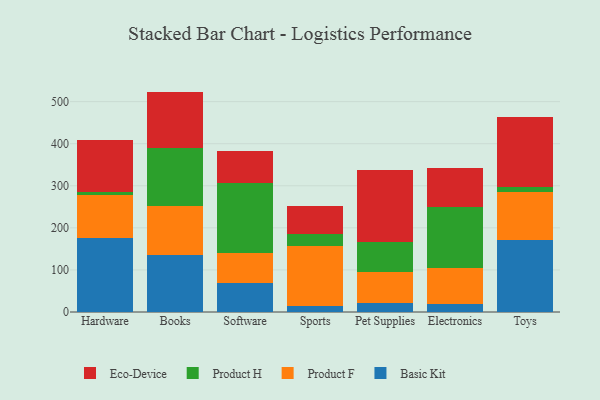
{"axis": {"x": "Category", "y": "LTV (USD)"}, "legend": ["Basic Kit", "Eco-Device", "Product F", "Product H"], "data": [{"x": "Hardware", "y": 176.0, "type": "Basic Kit"}, {"x": "Hardware", "y": 103.2, "type": "Product F"}, {"x": "Hardware", "y": 5.5, "type": "Product H"}, {"x": "Hardware", "y": 125.2, "type": "Eco-Device"}, {"x": "Books", "y": 135.0, "type": "Basic Kit"}, {"x": "Books", "y": 117.1, "type": "Product F"}, {"x": "Books", "y": 138.0, "type": "Product H"}, {"x": "Books", "y": 133.7, "type": "Eco-Device"}, {"x": "Software", "y": 69.9, "type": "Basic Kit"}, {"x": "Software", "y": 71.5, "type": "Product F"}, {"x": "Software", "y": 165.5, "type": "Product H"}, {"x": "Software", "y": 76.4, "type": "Eco-Device"}, {"x": "Sports", "y": 13.3, "type": "Basic Kit"}, {"x": "Sports", "y": 144.1, "type": "Product F"}, {"x": "Sports", "y": 28.4, "type": "Product H"}, {"x": "Sports", "y": 66.7, "type": "Eco-Device"}, {"x": "Pet Supplies", "y": 21.5, "type": "Basic Kit"}, {"x": "Pet Supplies", "y": 73.5, "type": "Product F"}, {"x": "Pet Supplies", "y": 71.4, "type": "Product H"}, {"x": "Pet Supplies", "y": 170.6, "type": "Eco-Device"}, {"x": "Electronics", "y": 18.5, "type": "Basic Kit"}, {"x": "Electronics", "y": 86.1, "type": "Product F"}, {"x": "Electronics", "y": 145.5, "type": "Product H"}, {"x": "Electronics", "y": 91.2, "type": "Eco-Device"}, {"x": "Toys", "y": 171.6, "type": "Basic Kit"}, {"x": "Toys", "y": 113.1, "type": "Product F"}, {"x": "Toys", "y": 13.1, "type": "Product H"}, {"x": "Toys", "y": 166.3, "type": "Eco-Device"}]}